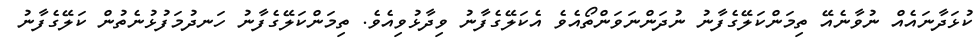
ކުޅަދާނައެއް ނުވާނެއޭ ތިމަންކަލޭގެފާނު ނުދަންނަވަންތޯއެވެ އެކަލޭގެފާނު ވިދާޅުވިއެވެ. ތިމަންކަލޭގެފާނު ހަނދުމަފުޅުނެތުން ކަލޭގެފާނު